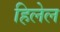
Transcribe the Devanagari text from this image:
हिलेल